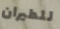
للطيران